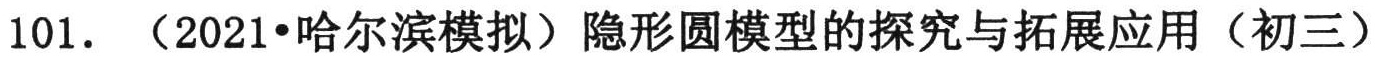
101. （2021•哈尔滨模拟）隐形圆模型的探究与拓展应用（初三）